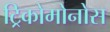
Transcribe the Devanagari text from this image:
ट्रिकोमोनोस